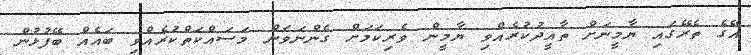
އޭގެ ތެރޭގައި ޔާމީނަށް ތާއީދުކުރެއްވި ޔާމީން ވެރިކަމަށް ގެންނަވަން މަސައްކަތްކުރެއްވި ބައެއް ބޭފުޅުން